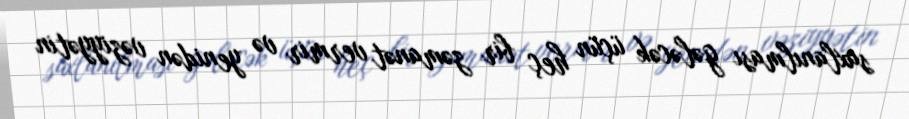
saxlanılması gələcək üçün heç bir zəmanət vermir və yenidən vəziyyətin